Problem: 46 + 24 = ?
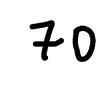
Handwritten answer: 70